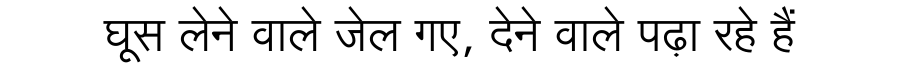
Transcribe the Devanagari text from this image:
घूस लेने वाले जेल गए, देने वाले पढ़ा रहे हैं